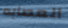
العصابه